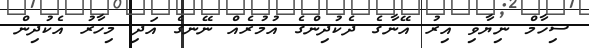
ސިހާމް ނިޔާވި އިރު އޭނާގެ ދެކުދިންގެ އުމުރެއް ނޭނގެ އަދި މިހާރު އެކުދިން